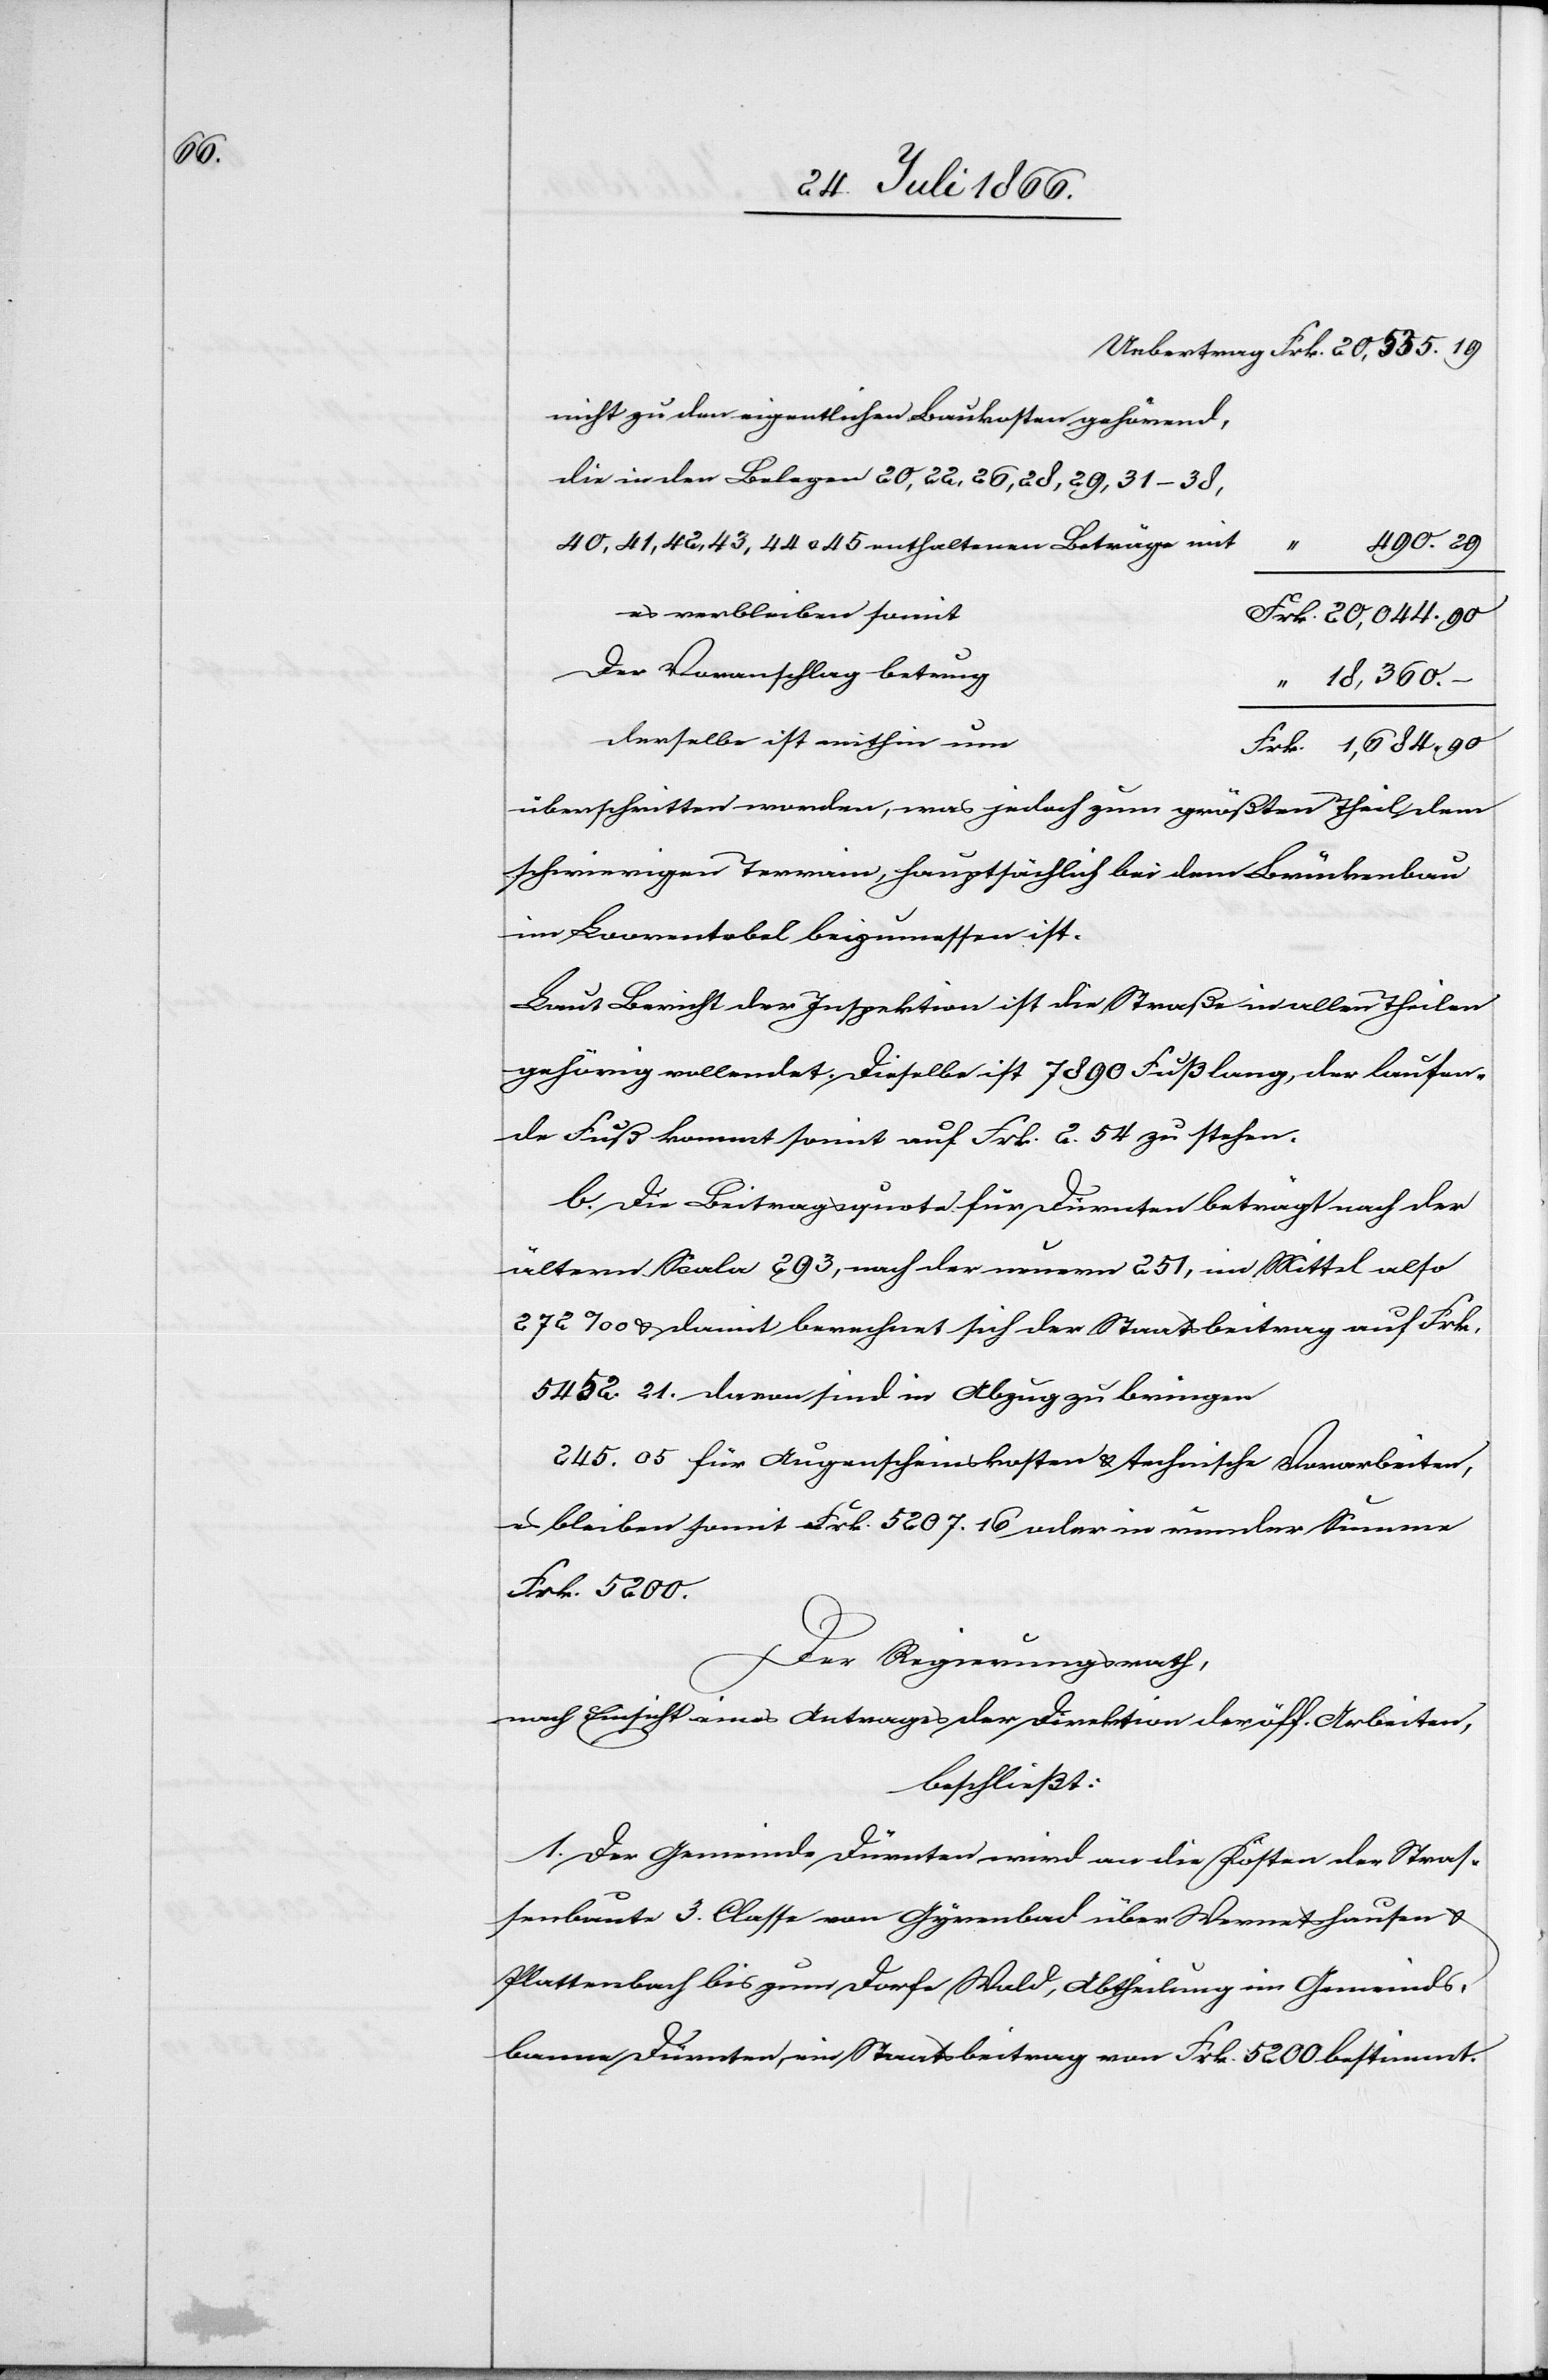
684.

nicht zu den eigentlichen Baukosten gehörend,
die in den Belegen 20, 22, 26, 28, 29, 31–38,
40, 41, 42, 43, 44 u. 45 enthaltenen Beträge mit
es verbleiben somit
Der Voranschlag betrug
–
derselbe ist mithin um
überschritten worden, was jedoch zum größten Theil dem
schwierigen Terrain, hauptsächlich bei dem Brückenbau
im Loorentobel beizumessen ist.
Laut Bericht der Inspektion ist die Straße in allen Theilen
gehörig vollendet. Dieselbe ist 7890 Fuß lang, der laufen¬
de Fuß kommt somit auf Frk. 2.54 zu stehen.
b. Die Beitragsquote für Dürnten beträgt nach der
ältern Scala 293, nach neuern 251, im Mittel also
272 ‰ u. damit berechnet sich der Staatsbeitrag auf Frk.
5452.21 Davon sind in Abzug zu bringen
245.05 für Augenscheinskosten u. technische Vorarbeiten,
es bleiben somit Frk. 5207.16 oder in runder Summe
Frk. 5200.
Der Regierungsrath,
nach Einsicht eines Antrages der Direktion der öff. Arbeiten,
beschließt:
1. Der Gemeinde Dürnten wird an die Kosten der Straß¬
enbaute 3. Klasse von Gyrenbad über Wermetshausen u.
Plattenbach bis zum Dorfe Wald, Abtheilung im Gemeinds¬
banne Dürnten, ein Staatsbeitrag von Frk. 5200 bestimmt.